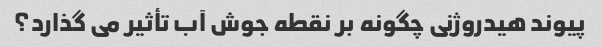
پیوند هیدروژنی چگونه بر نقطه جوش آب تأثیر می گذارد؟